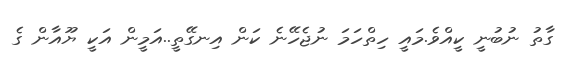
ގާތު ނުބުނީ ކީއްވެ.މައީ ހިތްހަމަ ނުޖެހޭނެ ކަން އިނގޭތީ..އަމީން އަކީ ޔޫއާން ގެ